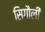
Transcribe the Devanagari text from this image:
सिगौली